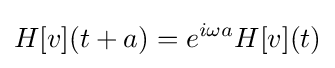
H[v](t+a)=e^{i\omega a}H[v](t)